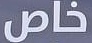
خاص